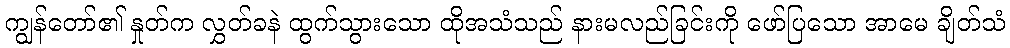
ကျွန်တော်၏ နှုတ်က လွှတ်ခနဲ ထွက်သွားသော ထိုအသံသည် နားမလည်ခြင်းကို ဖော်ပြသော အာမေ ချိတ်သံ